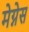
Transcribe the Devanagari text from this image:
मेग्नेस